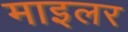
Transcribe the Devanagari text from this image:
माइलर